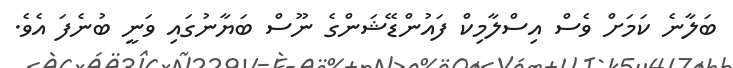
ބަލާނެ ކަމަށް ވެސް އިސްލާމިކް ފައުންޑޭޝަންގެ ނޫސް ބަޔާނުގައި ވަނީ ބުނެފަ އެވެ.